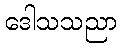
ဒေါသသညာ